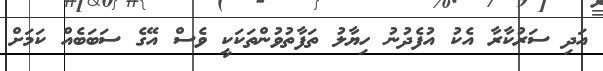
އަދި ސަރުކާރާ އެކު އުފެދުނު ހިޔާލު ތަފާތުވުންތަކަކީ ވެސް އޭގެ ސަބަބެއް ކަމަށް